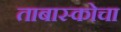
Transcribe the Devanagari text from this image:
ताबास्कोचा